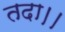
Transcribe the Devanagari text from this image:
तदा।।